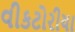
વીકટોરીયા